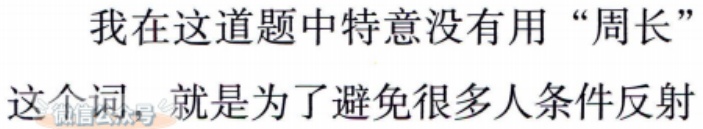
我在这道题中特意没有用“周长”

这个词，就是为了避免很多人条件反射